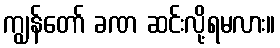
ကျွန်တော် ခဏ ဆင်းလို့ရမလား။